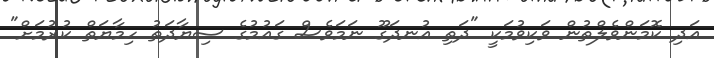
އަދި ކޮމަންވެލްތުން ވަކިވުމަކީ "ދަތި އުނދަގޫ ނަމަވެސް ގައުމުގެ ސިޔާދަތު ހިމާޔަތް ކުރުމަށް"